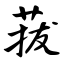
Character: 菝